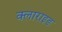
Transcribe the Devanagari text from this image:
क्लाराइड